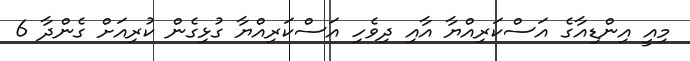
މިއީ އިންޑިއާގެ އަސްކަރިއްޔާ އާއި ދިވެހި އަސްކަރިއްޔާ ގުޅިގެން ކުރިއަށް ގެންދާ 6